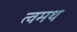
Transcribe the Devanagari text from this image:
त्वमथ